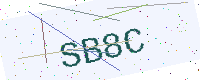
Text: SB8C